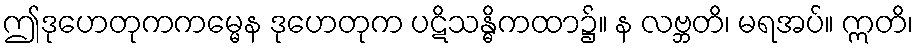
ဤဒုဟေတုကကမ္မေန ဒုဟေတုက ပဋိသန္ဓိကထာ၌။ န လဗ္ဘတိ၊ မရအပ်။ ဣတိ၊